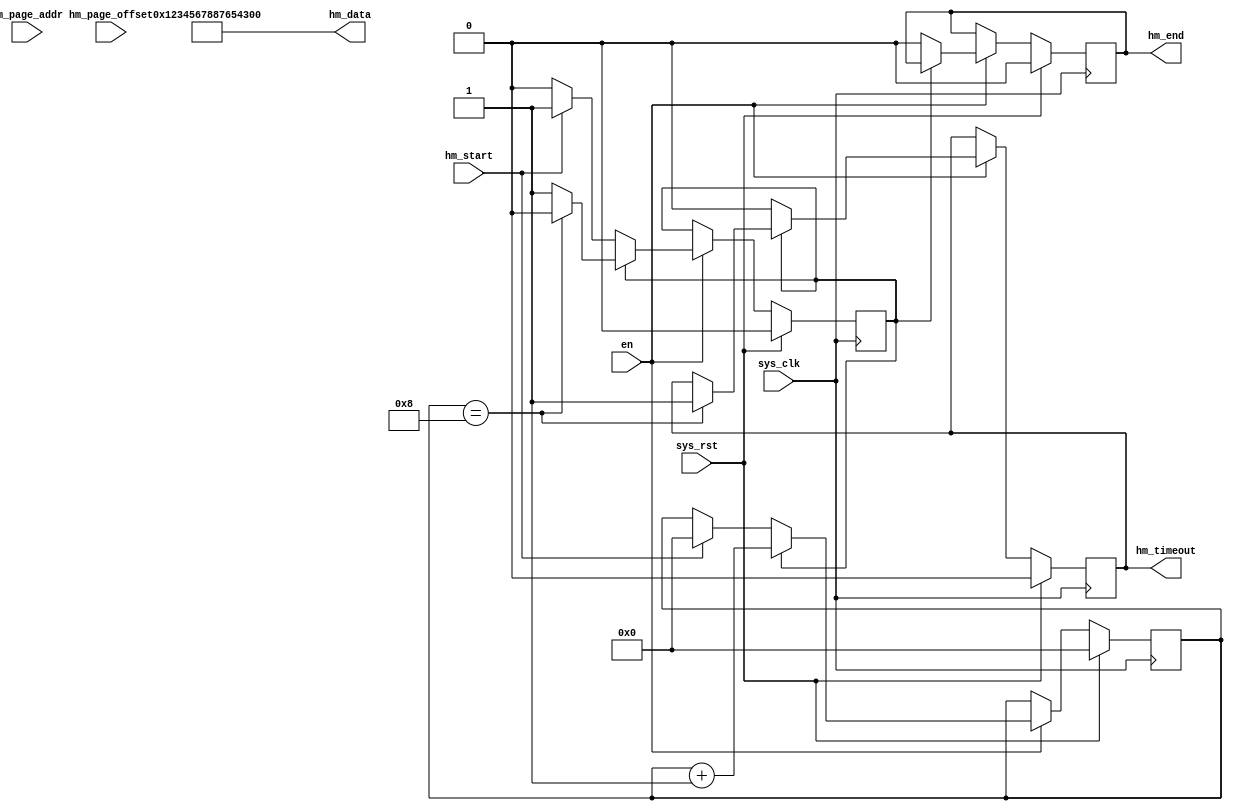
module checker_host_memory (
  /**
   * When start is asserted en will be false until data is available
   */
  input sys_clk,
  input sys_rst,
  input en,

  input hm_start,
  output reg hm_end,
  output [63:0] hm_data,
  input [63:0] hm_page_addr,
  input [11:0] hm_page_offset,
  output reg hm_timeout
);

reg [4:0] cpt;
reg state;

assign hm_data = 64'h1234567887654321;

task init;
begin
  cpt <= 4'b0;
  state <= 1'b0;
  hm_end <= 1'b0;
  hm_timeout <= 1'b0;
end
endtask

initial begin
  init();
end

always @(posedge sys_clk) begin
  if (sys_rst) begin
    init();
  end else if (en == 1'b1) begin 
    if (state == 1'b0) begin
      hm_end <= 1'b0;
      hm_timeout <= 1'b0;
      if (hm_start == 1'b1) begin
        state <= 1'b1;
        cpt <= 4'b0;
      end
    end else begin
      cpt <= cpt + 1'b1;
      if (cpt == 4'b1000) begin
        state <= 1'b0;
        // hm_end <= 1'b1;
        hm_timeout <= 1'b1;
      end
    end
  end
end

endmodule